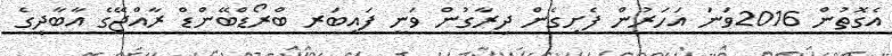
އެގޮތުން 2016ވަނަ އަހަރުން ފެށިގެން ދިރާގުން ވަނީ ފައިބަރ ބްރޯޑްބޭންޑް ރާއްޖޭގެ އާބާދީގެ